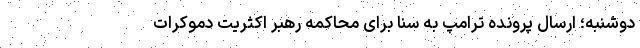
دوشنبه؛ ارسال پرونده ترامپ به سنا برای محاکمه رهبر اکثریت دموکرات